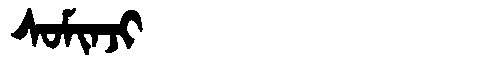
Manchu: ᠰᠣᠮᡳᠨᠵᡳ
Romanization: SOMINJI